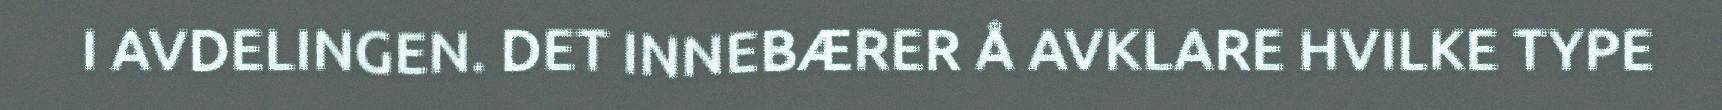
I AVDELINGEN. DET INNEBÆRER Å AVKLARE HVILKE TYPE